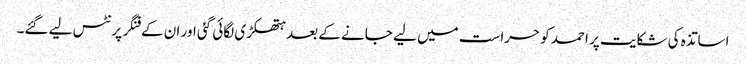
اساتذہ کی شکایت پر احمد کو حراست میں لیے جانے کے بعد ہتھکڑی لگائی گئی اور ان کے فنگر پرنٹس لیے گئے۔